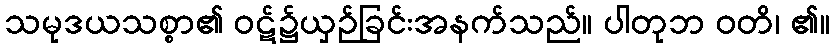
သမုဒယသစ္စာ၏ ဝဋ်၌ယှဉ်ခြင်းအနက်သည်။ ပါတုဘ ဝတိ၊ ၏။